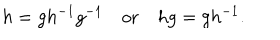
h = g h ^ { - 1 } g ^ { - 1 } \quad \mathrm { o r } \quad h g = g h ^ { - 1 } .